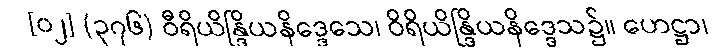
[၀၂] (၃၇၆) ဝီရိယိန္ဒြိယနိဒ္ဒေသေ၊ ဝိရိယိန္ဒြိယနိဒ္ဒေသ၌။ ဟေဋ္ဌာ၊